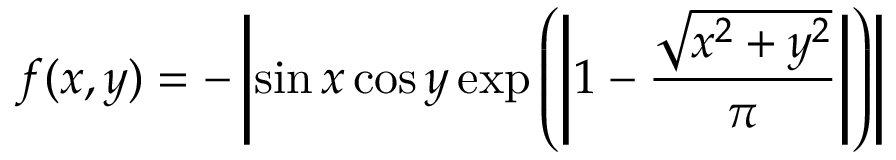
f ( x , y ) = - \left| \sin x \cos y \exp \left( \left| 1 - { \frac { \sqrt { x ^ { 2 } + y ^ { 2 } } } { \pi } } \right| \right) \right|